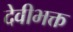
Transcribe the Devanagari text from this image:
देवीभक्त